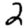
Digit: 2